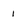
Character: 1